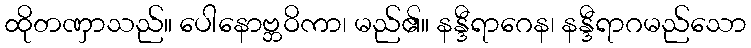
ထိုတဏှာသည်။ ပေါနောဗ္ဘဝိကာ၊ မည်၏။ နန္ဒီရာဂေန၊ နန္ဒီရာဂမည်သော